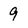
Character: 9